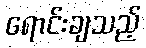
ရောင်းချသည့်